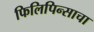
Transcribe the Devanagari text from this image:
फिलिपिन्साचा